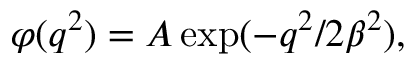
\varphi ( q ^ { 2 } ) = A \exp ( - q ^ { 2 } / 2 { \beta } ^ { 2 } ) ,